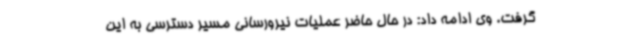
گرفت. وی ادامه داد: در حال حاضر عملیات نیرورسانی مسیر دسترسی به این